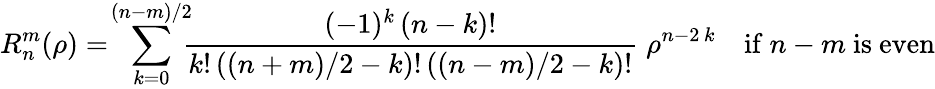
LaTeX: R_{n}^{m}(\rho)=\! \sum_{k=0}^{(n-m)/2}\! \! \! {\frac{(-1)^{k}\, (n-k)!}{k!\, ((n+m)/2-k)!\, ((n-m)/2-k)!}}\; \rho^{n-2\, k}\quad{\mathrm{if~}}n-m{\mathrm{~is~even}}